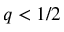
q < 1 / 2